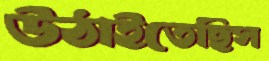
উঠাইতেছিস